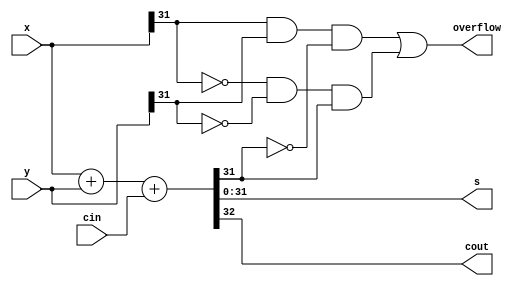
/*---n---*/
module addern4(cin,x,y,s,cout,overflow);
    parameter n = 32;
    input cin;
    input [n-1:0]x,y;
    output reg [n-1:0]s;
    output reg cout,overflow;

    always @(cin,x,y) 
    begin
        {cout,s} = x+y+cin;     //
        overflow = (x[n-1]&y[n-1]&~s[n-1]) | (~x[n-1]&~y[n-1]&s[n-1]);    //
    end
endmodule